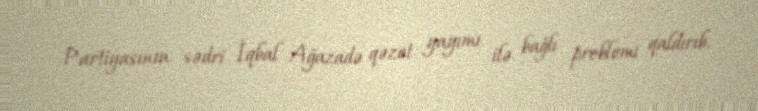
Partiyasının sədri İqbal Ağazadə qəzet yayımı ilə bağlı problemi qaldırıb.